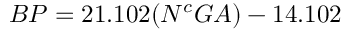
B P = 2 1 . 1 0 2 ( N ^ { c } G A ) - 1 4 . 1 0 2